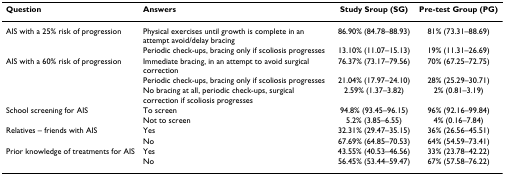
<table><thead><tr><td><b>Question</b></td><td><b>Answers</b></td><td><b>Study Sroup (SG)</b></td><td><b>Pre-test Group (PG)</b></td></tr></thead><tbody><tr><td>AIS with a 25% risk of progression</td><td>Physical exercises until growth is complete in an attempt avoid/delay bracing</td><td>86.90% (84.78–88.93)</td><td>81% (73.31–88.69)</td></tr><tr><td></td><td>Periodic check-ups, bracing only if scoliosis progresses</td><td>13.10% (11.07–15.13)</td><td>19% (11.31–26.69)</td></tr><tr><td>AIS with a 60% risk of progression</td><td>Immediate bracing, in an attempt to avoid surgical correction</td><td>76.37% (73.17–79.56)</td><td>70% (67.25–72.75)</td></tr><tr><td></td><td>Periodic check-ups, bracing only if scoliosis progresses</td><td>21.04% (17.97–24.10)</td><td>28% (25.29–30.71)</td></tr><tr><td></td><td>No bracing at all, periodic check-ups, surgical correction if scoliosis progresses</td><td>2.59% (1.37–3.82)</td><td>2% (0.81–3.19)</td></tr><tr><td>School screening for AIS</td><td>To screen</td><td>94.8% (93.45–96.15)</td><td>96% (92.16–99.84)</td></tr><tr><td></td><td>Not to screen</td><td>5.2% (3.85–6.55)</td><td>4% (0.16–7.84)</td></tr><tr><td>Relatives – friends with AIS</td><td>Yes</td><td>32.31% (29.47–35.15)</td><td>36% (26.56–45.51)</td></tr><tr><td></td><td>No</td><td>67.69% (64.85–70.53)</td><td>64% (54.59–73.41)</td></tr><tr><td>Prior knowledge of treatments for AIS</td><td>Yes</td><td>43.55% (40.53–46.56)</td><td>33% (23.78–42.22)</td></tr><tr><td></td><td>No</td><td>56.45% (53.44–59.47)</td><td>67% (57.58–76.22)</td></tr></tbody></table>